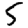
Digit: 5